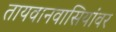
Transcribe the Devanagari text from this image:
तायवानवासियांवर